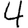
Digit: 4